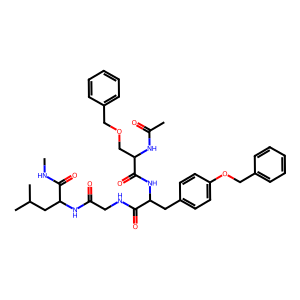
SMILES: CNC(=O)C(CC(C)C)NC(=O)CNC(=O)C(Cc1ccc(OCc2ccccc2)cc1)NC(=O)C(COCc1ccccc1)NC(C)=O
Inhibits HIV replication: No